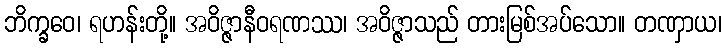
ဘိက္ခဝေ၊ ရဟန်းတို့။ အဝိဇ္ဇာနီဝရဏဿ၊ အဝိဇ္ဇာသည် တားမြစ်အပ်သော။ တဏှာယ၊